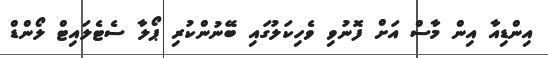
އިންޑިއާ އިން މާސް އަށް ފޮނުވި ވެހިކަލުގައި ބޭނުންކުރި ޕޯލާ ސެޓެލައިޓް ލޯންޑް